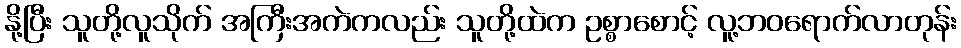
နို့ပြီး သူတို့လူသိုက် အကြီးအကဲကလည်း သူတို့ထဲက ဥစ္စာစောင့် လူ့ဘဝရောက်လာတုန်း